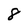
Character: 8